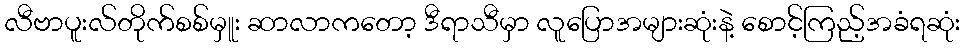
လီဗာပူးလ်တိုက်စစ်မှူး ဆာလာကတော့ ဒီရာသီမှာ လူပြောအများဆုံးနဲ့ စောင့်ကြည့်အခံရဆုံး